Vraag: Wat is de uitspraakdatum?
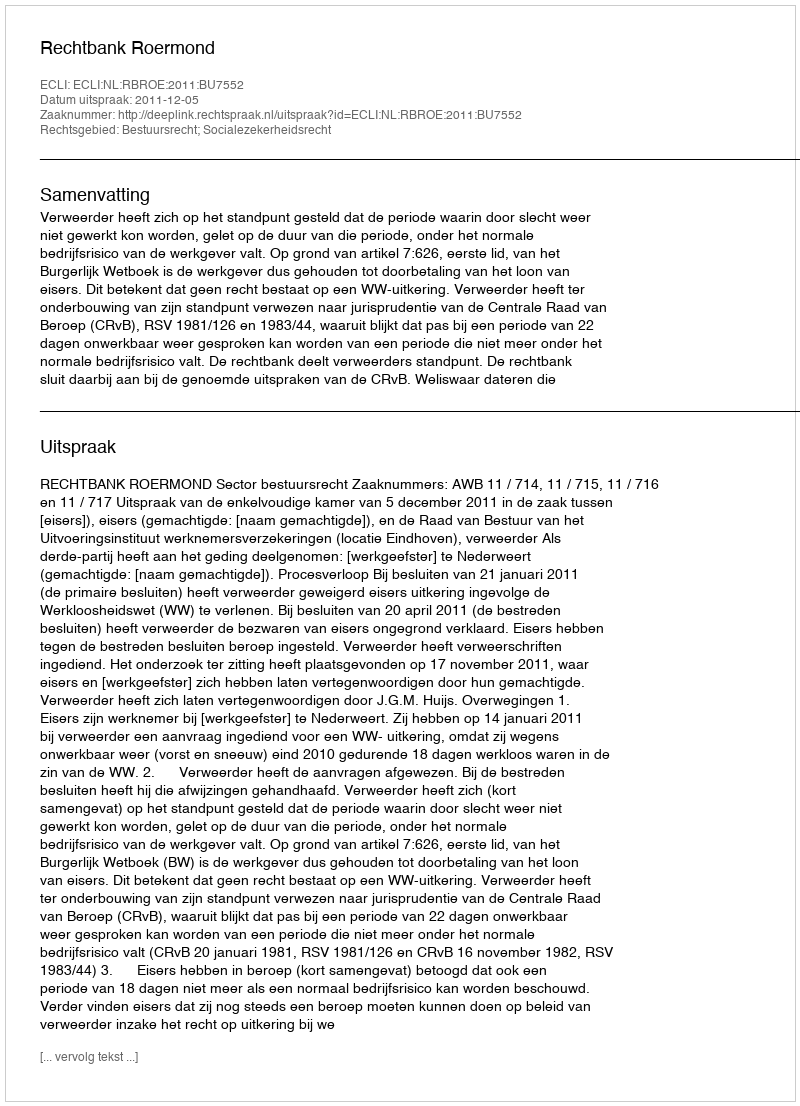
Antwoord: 2011-12-05